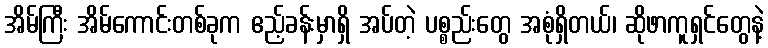
အိမ်ကြီး အိမ်ကောင်းတစ်ခုက ဧည့်ခန်းမှာရှိ အပ်တဲ့ ပစ္စည်းတွေ အစုံရှိတယ်၊ ဆိုဖာကူရှင်တွေနဲ့